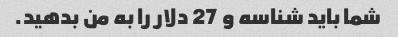
شما باید شناسه و 27 دلار را به من بدهید.